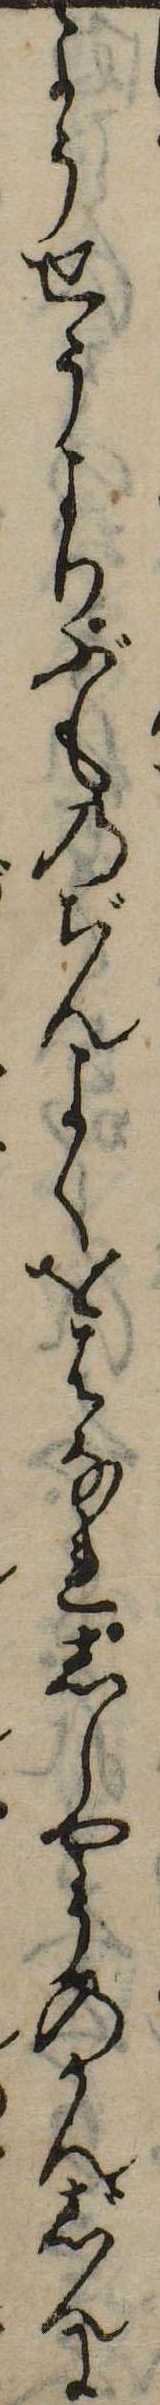
ようせうよりぶものぢんよくをはなれししやうのかんじんに